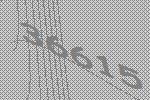
36615